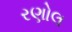
રણોલ